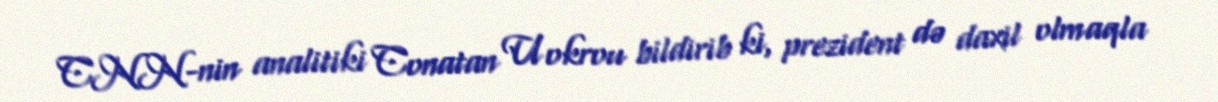
CNN-nin analitiki Conatan Uokrou bildirib ki, prezident də daxil olmaqla